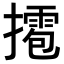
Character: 𢶉